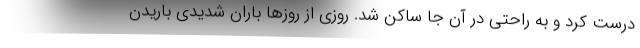
درست کرد و به راحتی در آن جا ساکن شد. روزی از روزها باران شدیدی باریدن